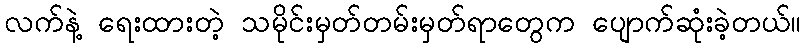
လက်နဲ့ ရေးထားတဲ့ သမိုင်းမှတ်တမ်းမှတ်ရာတွေက ပျောက်ဆုံးခဲ့တယ်။